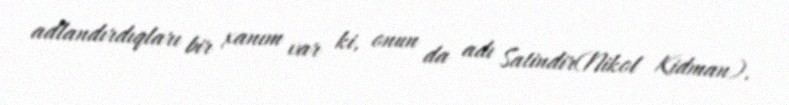
adlandırdıqları bir xanım var ki, onun da adı Satindir(Nikol Kidman).